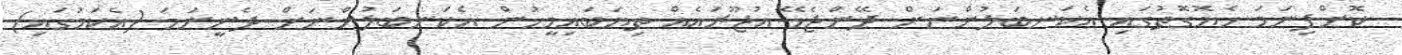
ކޮށްފިނަމަ ހެޔޮގޮތުގައި އެކަނބަލުންނަށް ދޭންޖެހޭ އުޖޫރައެއް ތިޔަބައިމީހުން އެކަނބަލުންނަށް ދެނީނަމަ (އެކަމުގައި)